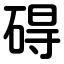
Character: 碍